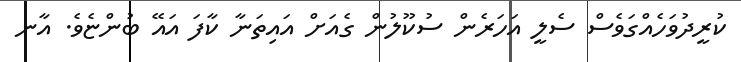
ކުރީދުވަހެއްގަވެސް ސެލީ އަހަރެން ސުކޫލުން ގެއަށް އައިތަނާ ކާފަ އައޭ ބުންޏެވެ. އާނ